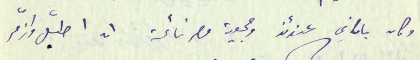
وكان بامكاني عندئذ وجمعية مصر نائمة ان اطبّل وازمّر